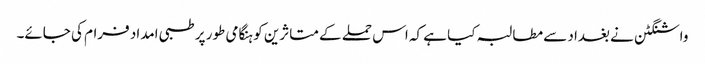
واشنگٹن نے بغداد سے مطالبہ کیا ہے کہ اس حملے کے متاثرین کو ہنگامی طور پر طبی امداد فرام کی جائے۔